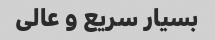
بسیار سریع و عالی